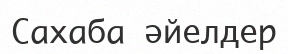
Сахаба әйелдер